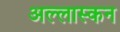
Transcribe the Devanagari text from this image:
अल्लास्कन